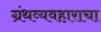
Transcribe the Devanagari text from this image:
ग्रंथव्यवहाराचा